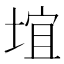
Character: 𪣯